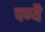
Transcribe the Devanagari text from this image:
पण्यै